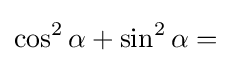
\cos ^{2}\alpha +\sin ^{2}\alpha ={}